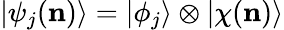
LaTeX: |\psi_{j}(\mathbf{n})\rangle=|\phi_{j}\rangle\otimes|\chi(\mathbf{n})\rangle